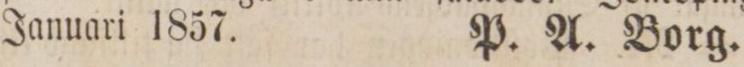
Januari 1857.    P. A. Borg.